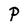
Character: P